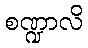
စဏ္ဍာလိ